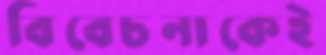
বিবেচনাকেই